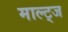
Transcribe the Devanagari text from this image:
माल्ट्ज